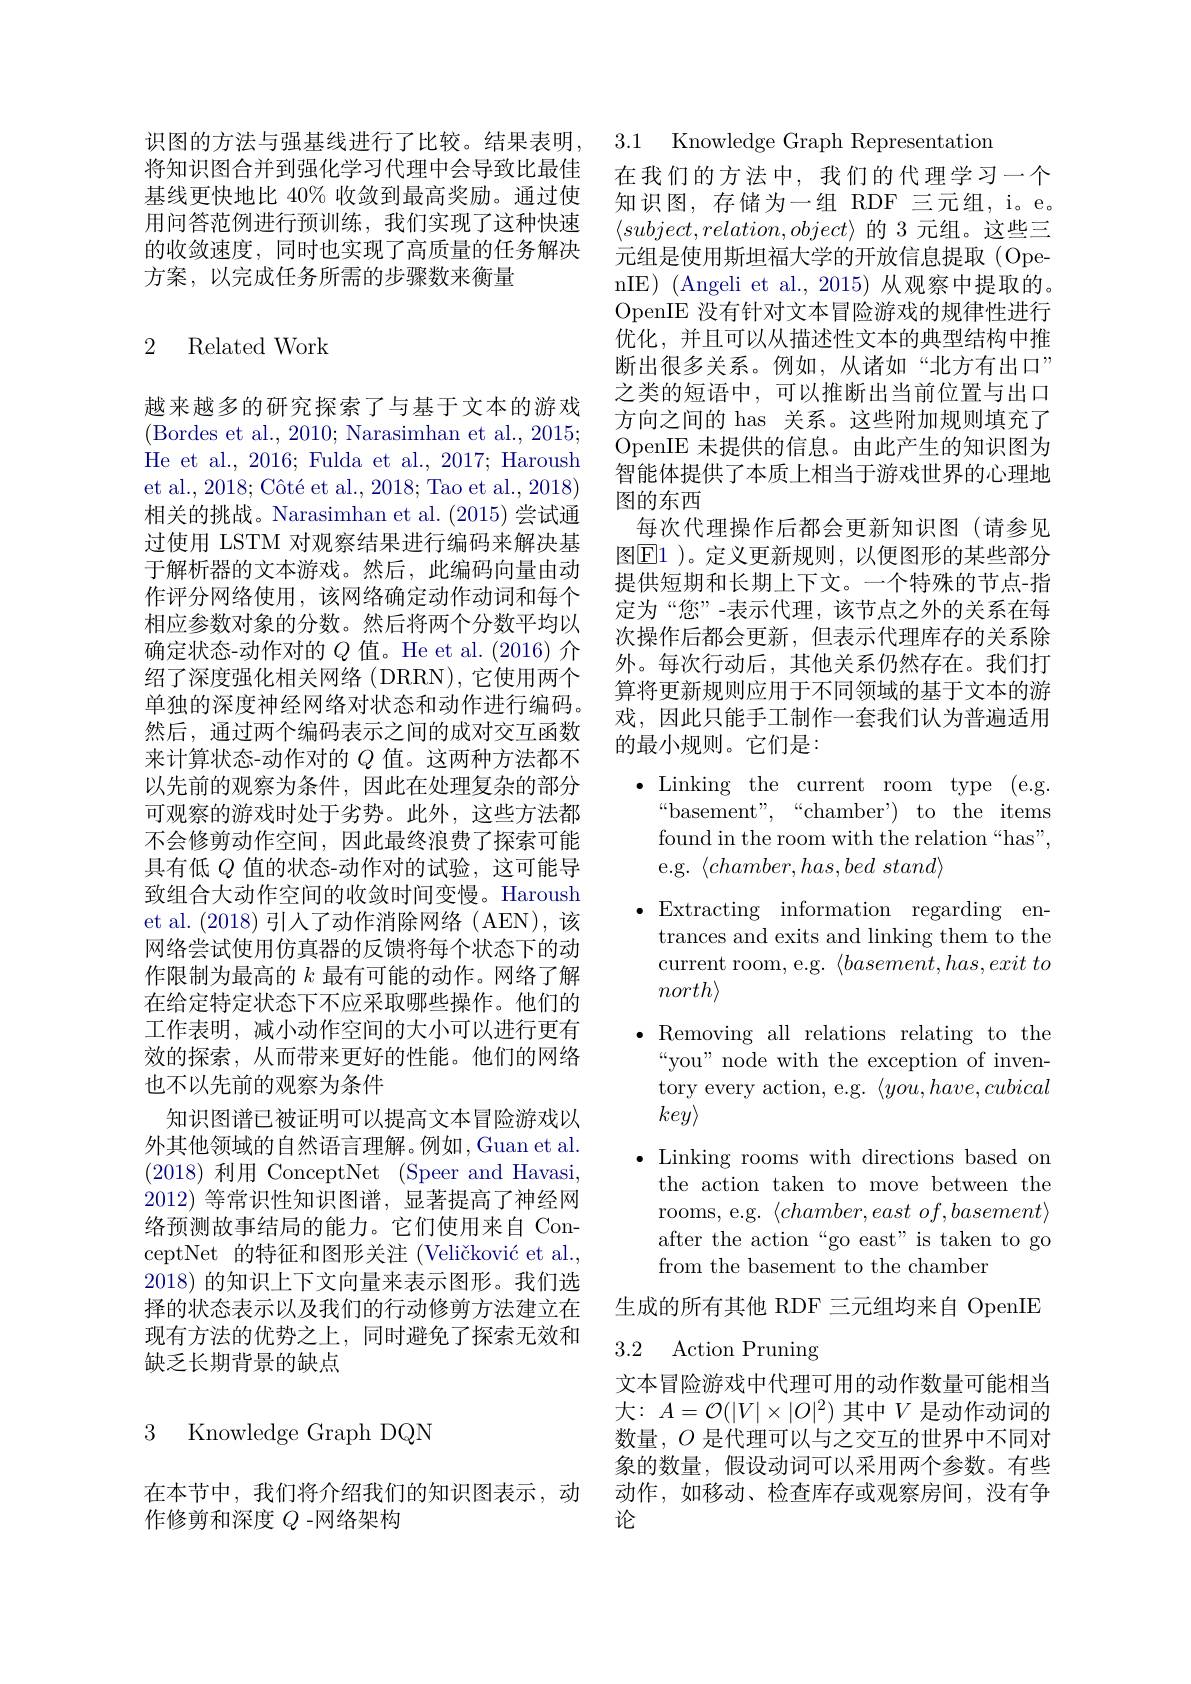
将知识图合并到强化学习代理中会导致比最佳基线更快地比 40% 收敛到最高奖励。通过使用问答范例进行预训练，我们实现了这种快速的收敛速度，同时也实现了高质量的任务解决方案，以完成任务所需的步骤数来衡量

### 2 Related Work

越来越多的研究探索了与基于文本的游戏(Bordes et al., 2010; Narasimhan et al., 2015; He et al., 2016; Fulda et al., 2017; Haroush et al., 2018; Côté et al., 2018; Tao et al., 2018) 相关的挑战。Narasimhan et al. (2015)尝试通过使用 LSTM 对观察结果进行编码来解决基于解析器的文本游戏。然后，此编码向量由动作评分网络使用，该网络确定动作动词和每个相应参数对象的分数。然后将两个分数平均以确定状态-动作对的$Q$值。He et al.(2016) 介绍了深度强化相关网络(DRRN),它使用两个单独的深度神经网络对状态和动作进行编码。然后，通过两个编码表示之间的成对交互函数来计算状态-动作对的$Q$值。这两种方法都不以先前的观察为条件，因此在处理复杂的部分可观察的游戏时处于劣势。此外，这些方法都不会修剪动作空间，因此最终浪费了探索可能具有低$Q$值的状态-动作对的试验，这可能导致组合大动作空间的收敛时间变慢。Haroush et al. (2018)引人了动作消除网络(AEN),该网络尝试使用仿真器的反馈将每个状态下的动作限制为最高的$k$最有可能的动作。网络了解在给定特定状态下不应采取哪些操作。他们的工作表明，减小动作空间的大小可以进行更有效的探索，从而带来更好的性能。他们的网络也不以先前的观察为条件
知识图谱已被证明可以提高文本冒险游戏以外其他领域的自然语言理解。例如，Guan et al. (2018)利用 ConceptNet (Speer and Havasi, 2012)等常识性知识图谱，显著提高了神经网络预测故事结局的能力。它们使用来自 ConceptNet 的特征和图形关注 (Veličković et al., 2018) 的知识上下文向量来表示图形。我们选择的状态表示以及我们的行动修剪方法建立在现有方法的优势之上，同时避免了探索无效和缺乏长期背景的缺点

3 Knowledge Graph DON

在本节中，我们将介绍我们的知识图表示，动
作修剪和深度$Q$ -网络架构

识图的方法与强基线进行了比较。结果表明，3.1 Knowledge Graph Representatior

在我们的方法中，我们的代理学习一个知识图，存储为一组 RDF 三元组，i。e。$\langle subject,relation,object\rangle$的 3 元组。这些三元组是使用斯坦福大学的开放信息提取(OpenIE) (Angeli et al.,2015) 从观察中提取的。OpenIE 没有针对文本冒险游戏的规律性进行优化，并且可以从描述性文本的典型结构中推断出很多关系。例如，从诸如“北方有出口” 之类的短语中，可以推断出当前位置与出口方向之间的 has 关系。这些附加规则填充了OpenIE 未提供的信息。由此产生的知识图为智能体提供了本质上相当于游戏世界的心理地图的东西
每次代理操作后都会更新知识图(请参见图$\boxed{\mathrm{E}}1$ )。定义更新规则，以便图形的某些部分提供短期和长期上下文。一个特殊的节点-指定为“您”-表示代理，该节点之外的关系在每次操作后都会更新，但表示代理库存的关系除外。每次行动后，其他关系仍然存在。我们打算将更新规则应用于不同领域的基于文本的游戏，因此只能手工制作一套我们认为普遍适用的最小规则。它们是：

$\bullet$Linking the current room type (e.g.
$“$basement",“chamber')to the items found in the room with the relation “has”, e.g.$\langle chamber,has,bedstand\rangle$
$\bullet$Extracting information regarding en-
trances and exits and linking them to the current room, e.g. $\langle basement, has, exit$ $to$ $north\rangle$
$\bullet$ Removing all relations relating to the
“you” node with the exception of inventory every action, e.g. $\langle you,have,cubical$ $key\rangle$
$\bullet$ Linking rooms with directions based on
the action taken to move between the rooms, e.g. $\langle chamber, east\textit{ of}, basement\rangle$ after the action“go east" is taken to go from the basement to the chamber
生成的所有其他 RDF 三元组均来自 OpenIE

# 3.2 Action Pruning

文本冒险游戏中代理可用的动作数量可能相当大：$A=\mathcal{O}(|V|\times|O|^{2})$其中$V$是动作动词的数量，$O$是代理可以与之交互的世界中不同对象的数量，假设动词可以采用两个参数。有些动作，如移动、检查库存或观察房间，没有争论